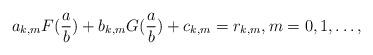
LaTeX: \begin{align*}a_{k,m}F(\frac{a}{b}) + b_{k,m}G(\frac{a}{b}) + c_{k,m} = r_{k,m}, m = 0, 1,\ldots,\end{align*}